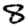
Digit: 8